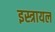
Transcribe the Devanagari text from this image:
इस्त्रायल